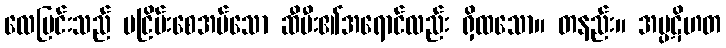
လေပြင်းသည် မငြိမ်းစေအပ်သော ဆီမီး၏အရောင်လည်း ရှိထသော။ တနည်း။ အပ္ပဋိဟတ